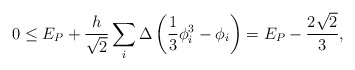
\begin{align*} 0 \leq E_{P} + \frac{h}{\sqrt{2}} \sum_{i} \Delta \left( \frac{1}{3}\phi_i^3 - \phi_i \right) = E_{P} - \frac{2\sqrt{2}}{3},\end{align*}